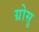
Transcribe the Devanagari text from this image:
ग्रोसु